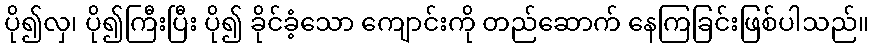
ပို၍လှ၊ ပို၍ကြီးပြီး ပို၍ ခိုင်ခံ့သော ကျောင်းကို တည်ဆောက် နေကြခြင်းဖြစ်ပါသည်။